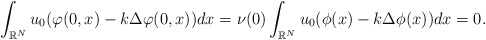
\begin{align*}\int_{\mathbb{R}^{N}}u_0(\varphi(0,x)-k\Delta\varphi(0,x))dx=\nu(0)\int_{\mathbb{R}^{N}}u_0(\phi(x)-k\Delta\phi(x))dx=0.\end{align*}